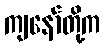
ကျနော်တို့က